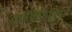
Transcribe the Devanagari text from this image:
कालिफर्निया